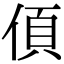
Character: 㑯